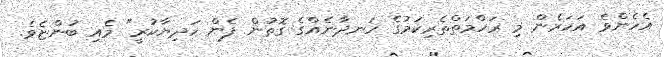
އެހެންވެ އަހަރެން މި ރަހްމަތްތެރިކަމުގެ ހަނދާނެއްގެ ގޮތުން ފެން ހަދިޔާކުރީ" މެއި ބުންޏެވެ.